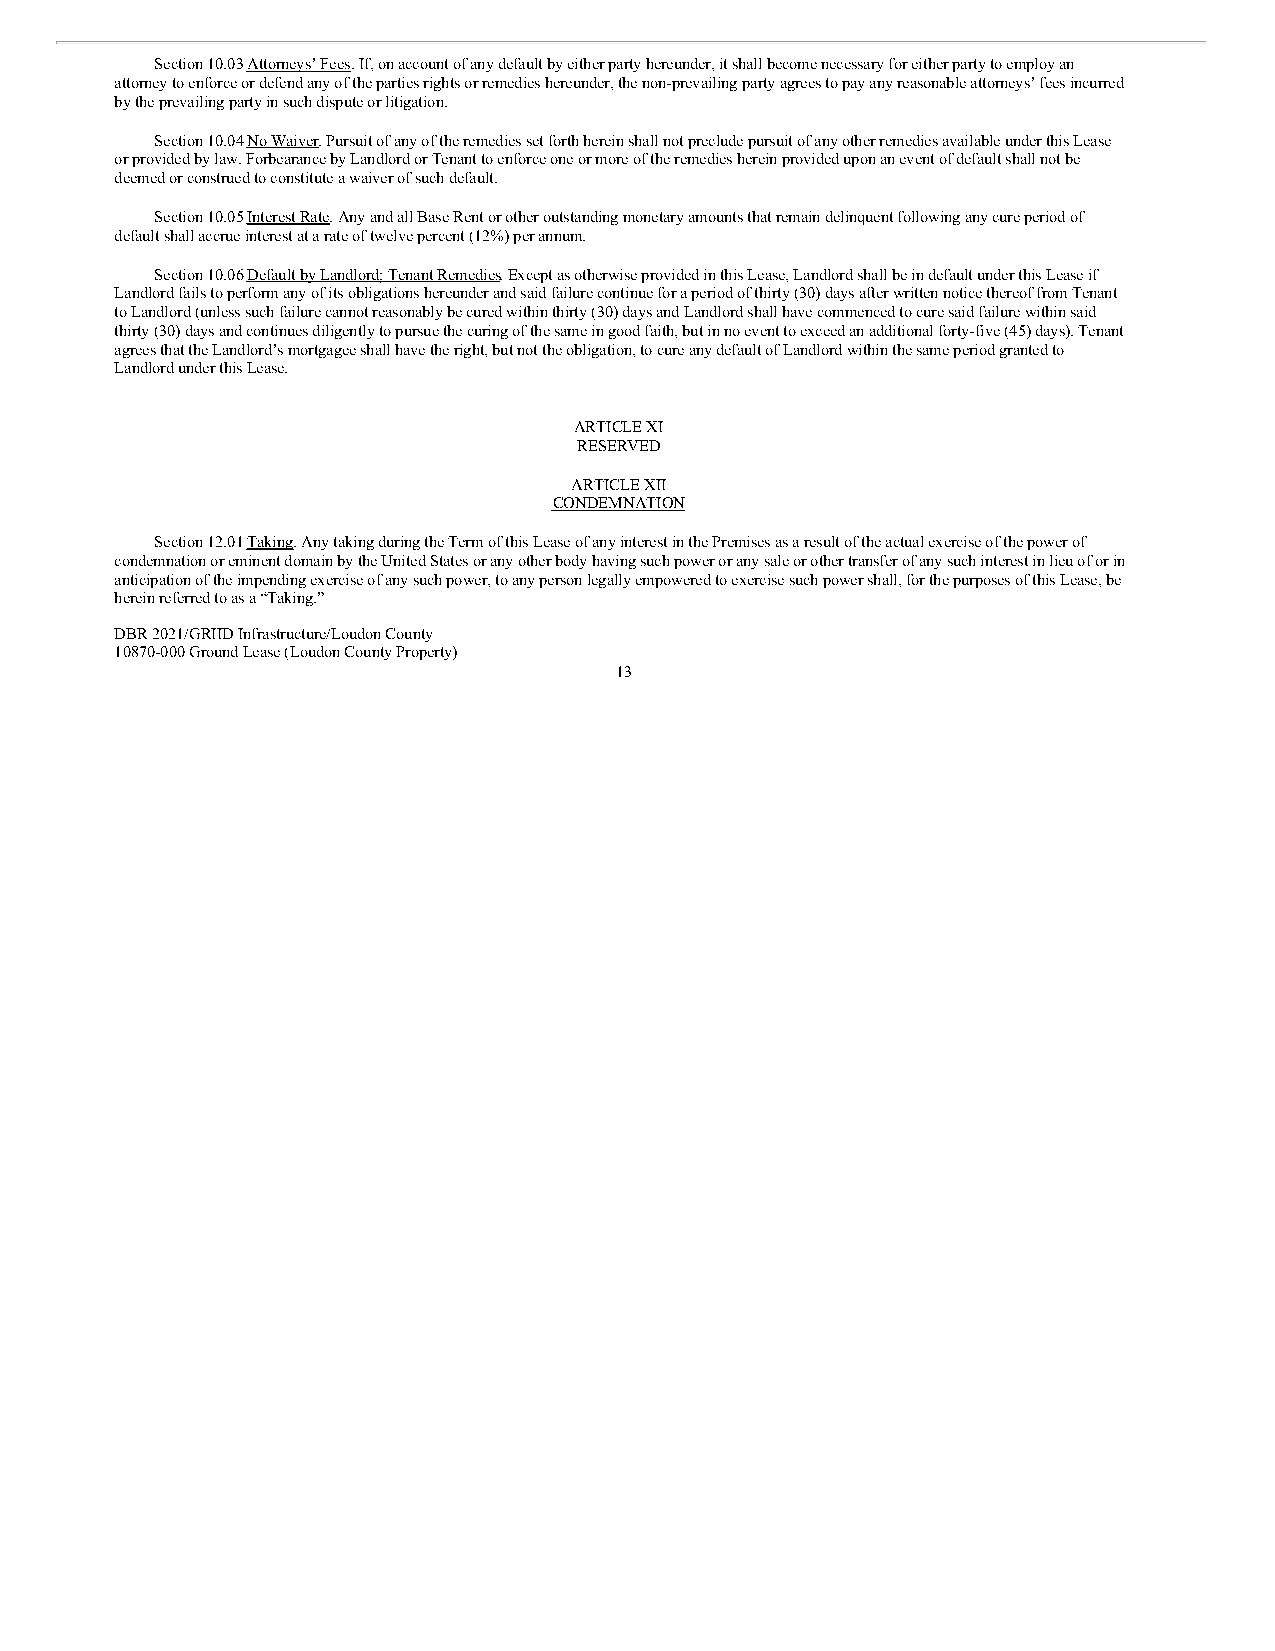
Section 10.03 Attorneys’ Fees. If, on account of any default by either party hereunder, it shall become necessary for either party to employ an
 attorney to enforce or defend any of the parties rights or remedies hereunder, the non-prevailing party agrees to pay any reasonable attorneys’ fees incurred
 by the prevailing party in such dispute or litigation.
 Section 10.04 No Waiver. Pursuit of any of the remedies set forth herein shall not preclude pursuit of any other remedies available under this Lease
 or provided by law. Forbearance by Landlord or Tenant to enforce one or more of the remedies herein provided upon an event of default shall not be
 deemed or construed to constitute a waiver of such default.
 Section 10.05 Interest Rate. Any and all Base Rent or other outstanding monetary amounts that remain delinquent following any cure period of
 default shall accrue interest at a rate of twelve percent (12%) per annum.
 Section 10.06 Default by Landlord; Tenant Remedies. Except as otherwise provided in this Lease, Landlord shall be in default under this Lease if
 Landlord fails to perform any of its obligations hereunder and said failure continue for a period of thirty (30) days after written notice thereof from Tenant
 to Landlord (unless such failure cannot reasonably be cured within thirty (30) days and Landlord shall have commenced to cure said failure within said
 thirty (30) days and continues diligently to pursue the curing of the same in good faith, but in no event to exceed an additional forty-five (45) days). Tenant
 agrees that the Landlord’s mortgagee shall have the right, but not the obligation, to cure any default of Landlord within the same period granted to
 Landlord under this Lease.
 ARTICLE XI
 RESERVED
 ARTICLE XII
 CONDEMNATION
 Section 12.01 Taking. Any taking during the Term of this Lease of any interest in the Premises as a result of the actual exercise of the power of
 condemnation or eminent domain by the United States or any other body having such power or any sale or other transfer of any such interest in lieu of or in
 anticipation of the impending exercise of any such power, to any person legally empowered to exercise such power shall, for the purposes of this Lease, be
 herein referred to as a “Taking.”
 DBR 2021/GRIID Infrastructure/Loudon County
 10870-000 Ground Lease (Loudon County Property)
 13